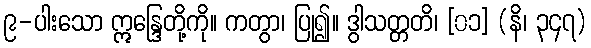
၉-ပါးသော ဣန္ဒြေတို့ကို။ ကတွာ၊ ပြု၍။ ဒွါသတ္တတိ၊ [၀၁] (နိ၊ ၃၄၇)